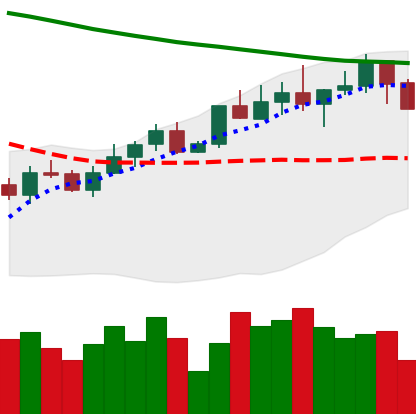
Ticker: LINK-USD
Chart end date: 2022-04-05
Forward return: -8.495%
Label: down_7plus